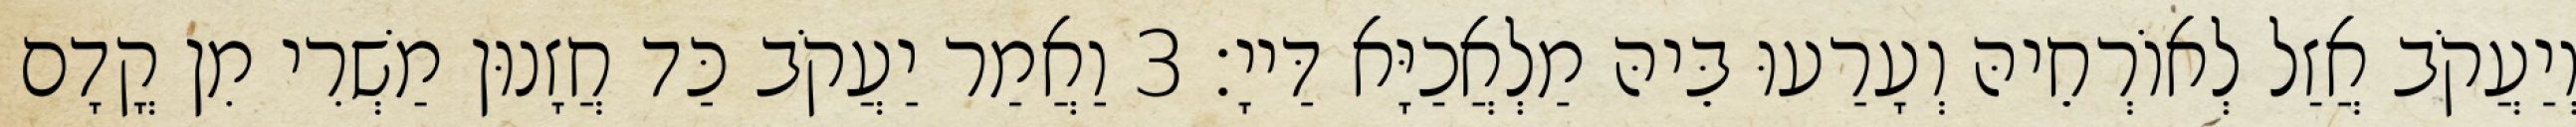
וְיַעֲקֹב אֲזַל לְאוֹרְחֵיהּ וְעָרַעוּ בֵּיהּ מַלְאֲכַיָּא דַּייָ׃ 3 וַאֲמַר יַעֲקֹב כַּד חֲזָנוּן מַשְׁרִי מִן קֳדָם